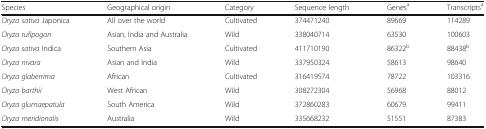
| Species | Geographical origin | Category | Sequence length | Genesa | Transcriptsa |
 | --- | --- | --- | --- | --- | --- |
 | Oryza sativa Japonica | All over the world | Cultivated | 374471240 | 89669 | 114289 |
 | Oryza rufipogon | Asian, India and Australia | Wild | 338040714 | 63530 | 100603 |
 | Oryza sativa Indica | Southern Asia | Cultivated | 411710190 | 86322b | 88438b |
 | Oryza nivara | Asian and India | Wild | 337950324 | 58613 | 98640 |
 | Oryza glaberrima | African | Cultivated | 316419574 | 78722 | 103316 |
 | Oryza barthii | West African | Wild | 308272304 | 56968 | 88012 |
 | Oryza glumaepatula | South America | Wild | 372860283 | 60679 | 99411 |
 | Oryza meridionalis | Australia | Wild | 335668232 | 51551 | 87383 |